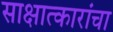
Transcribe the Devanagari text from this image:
साक्षात्कारांचा